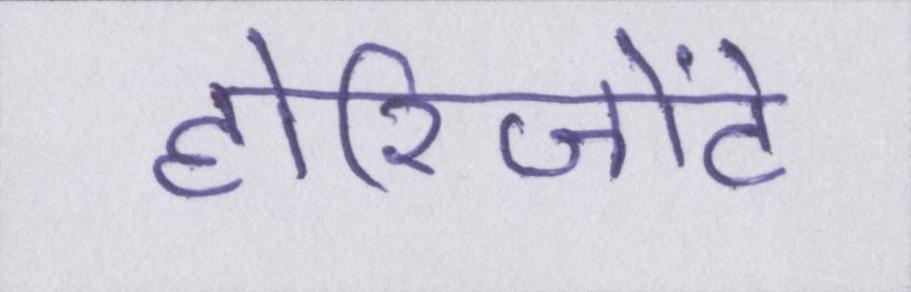
होरिजोंटे